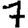
Digit: 7